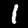
Digit: 1